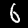
Digit: 6